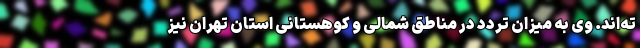
ته‌اند. وی به میزان تردد در مناطق شمالی و کوهستانی استان تهران نیز